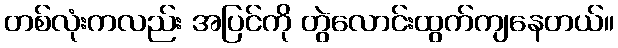
တစ်လုံးကလည်း အပြင်ကို တွဲလောင်းထွက်ကျနေတယ်။